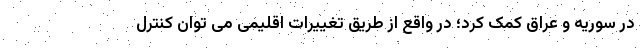
در سوریه و عراق کمک کرد؛ در واقع از طریق تغییرات اقلیمی می توان کنترل